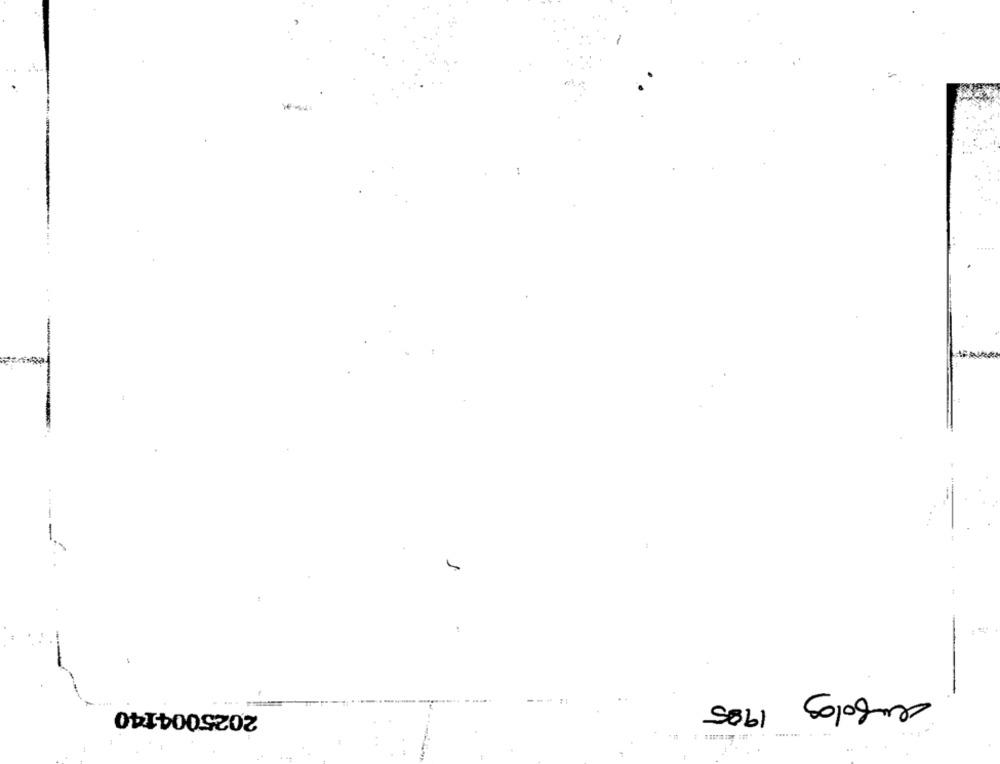
----
aufolog
1985
2025004140